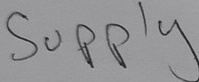
Text: Supply